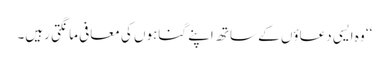
‘‘ وہ ایسی دعاؤں کے ساتھ اپنے گناہوں کی معافی مانگتی رہیں۔